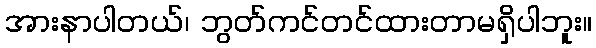
အားနာပါတယ်၊ ဘွတ်ကင်တင်ထားတာမရှိပါဘူး။